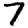
Digit: 7